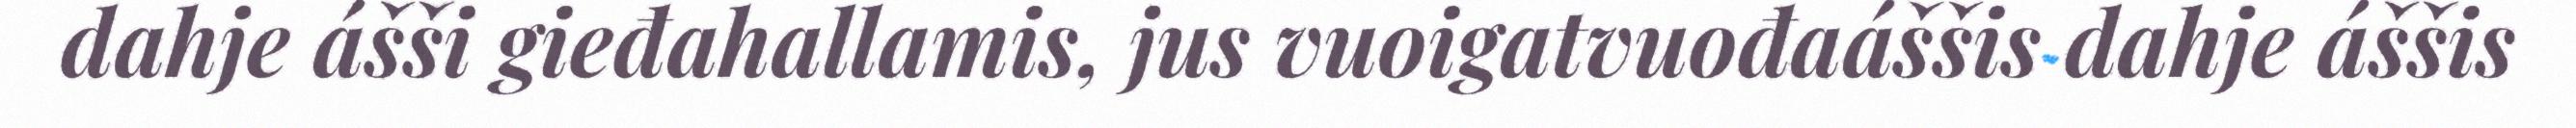
dahje ášši gieđahallamis, jus vuoigatvuođaáššis dahje áššis